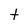
Character: t